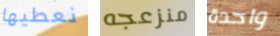
نعطيها منزعجه واحدة